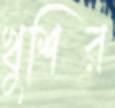
খুশির